Annual report on the lock hospitals of the Madras Presidency
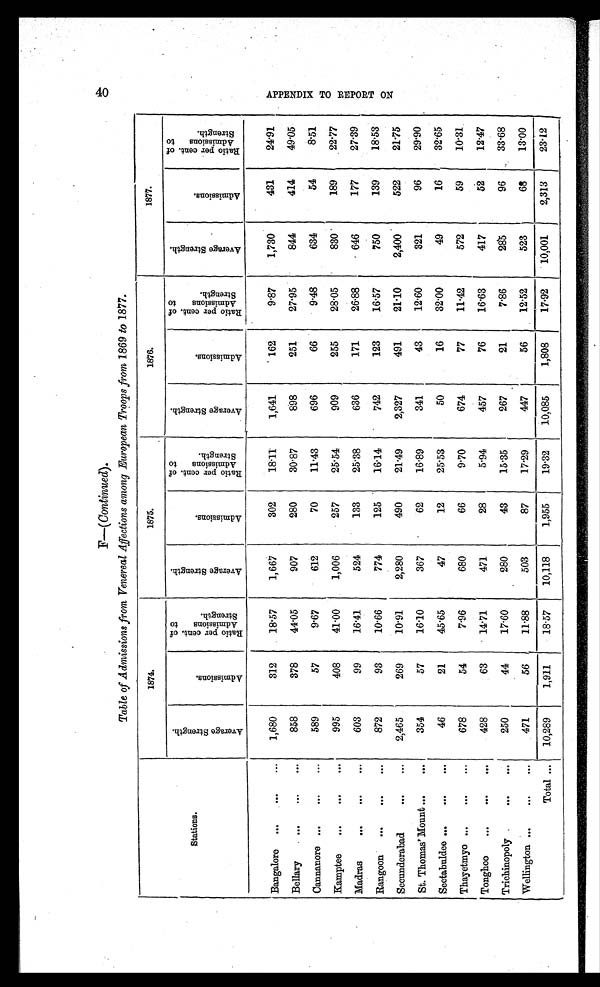
F—(Continued).
Table of Admissions from Venereal Affections among European Troops from 1869 to 1877.
Stations.
1874.
1875.
1876.
1877.
A v e r a g e S t r e n g t h .
A d m i s s i o n s .
R a t i o p e r c e n t o f A d m i s s i o n t o S t r e n g t h .
A v e r a g e S t r e n g t h .
A d m i s s i o n s .
R a t i o p e r c e n t o f A d m i s s i o n t o S t r e n g t h .
A v e r a g e S t r e n g t h .
A d m i s s i o n s .
R a t i o p e r c e n t o f A d m i s s i o n t o S t r e n g t h .
A v e r a g e S t r e n g t h .
A d m i s s i o n s .
R a t i o p e r c e n t o f A d m i s s i o n t o S t r e n g t h .
Bangalore ...
...
1,680
312
18·57
1,667
302
18·11
1,641
162
9·87
1,730
431
24·91
Bellary
...
...
858
378
44·05
907
280
30·87
898
251
27·95
844
414
49·05
Cannanore ...
...
...
589
57
9·67
612
70
11·43
696
66
9·48
634
54
8·51
Kamptee
...
...
...
995
408
41·00
1,006
257
25·54
909
255
28·05
830
189
22·77
Madras
...
...
...
603
99
16·41
524
133
25·38
636
171
26·88
646
177
27·39
Rangoon ...
...
...
872
93
10·66
774
125
16·14
742
123
16·57
750
139
18.53
Secunderabad
...
...
2,465
269
10·91
2,280
490
21·49
2,327
491
21·10
2,400
522
21·75
St. Thomas' Mount...
...
354
57
16·10
367
62
16·89
341
43
12·60
321
96
29·90
Seetabuldee...
...
...
46
21
45·65
47
12
25·53
50
16
32·00
49
16
32·65
Thayetmyo ...
...
...
678
54
7·96
680
66
9·70
674
77
11·42
572
59
10·31
Tonghoo
...
...
...
428
63
14·71
471
28
5·94
457
76
16·63
417
52
12·47
Trichinopoly ... ... ...
250
44
17·60
280
43
15·35
267
21
7·86
285
96
33·68
Wellington ...
...
...
471
56
11·88
503
87
17·29
447
56
12·52
523
68
13·00
Total . . . 10,289
1,911
18·57
10,118
1,955
19·32
10,085
1,808
17·92
10,001
2,313
23·12
A P P E N D I X T O R E P O R T O N